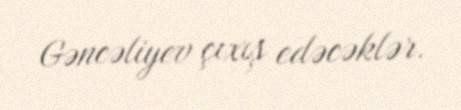
Gəncəliyev çıxış edəcəklər.